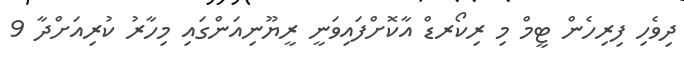
ދިވެހި ފިރިހެން ޓީމް މި ރިކޯރޑް އާކޮށްފައިވަނީ ރީޔޫނިއަންގައި މިހާރު ކުރިއަށްދާ 9